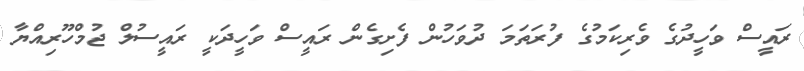
ރައީސް ވަހީދުގެ ވެރިކަމުގެ ފުރަތަމަ ދުވަހުން ފެށިގެން ރައީސް ވަހީދަކީ ރައީސުލް ޖުމްހޫރިއްޔާ